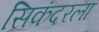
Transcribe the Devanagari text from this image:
सिकंदरला